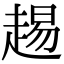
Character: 䞶